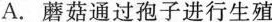
A. 蘑菇通过孢子进行生殖